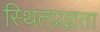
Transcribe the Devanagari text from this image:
स्थितप्रज्ञता